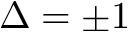
\Delta = \pm 1